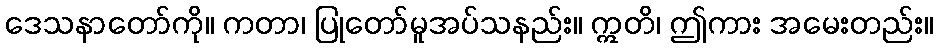
ဒေသနာတော်ကို။ ကတာ၊ ပြုတော်မူအပ်သနည်း။ ဣတိ၊ ဤကား အမေးတည်း။